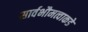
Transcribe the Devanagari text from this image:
सार्वभौमत्वाकडे